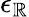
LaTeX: \epsilon_{\mathbb{R}}